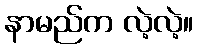
နာမည်က လဲ့လဲ့။